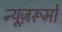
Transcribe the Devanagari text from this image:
न्यूज़रूमों